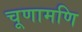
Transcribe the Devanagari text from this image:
चूणामणि